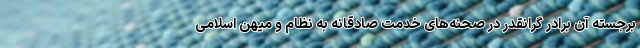
برجسته آن برادر گرانقدر در صحنه‌های خدمت صادقانه به نظام و میهن اسلامی